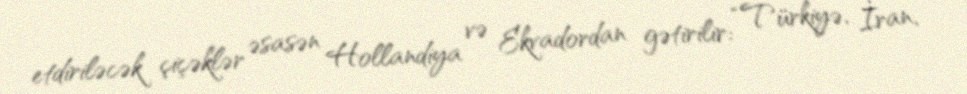
etdiriləcək çiçəklər əsasən Hollandiya və Ekvadordan gətirilir: “Türkiyə, İran,